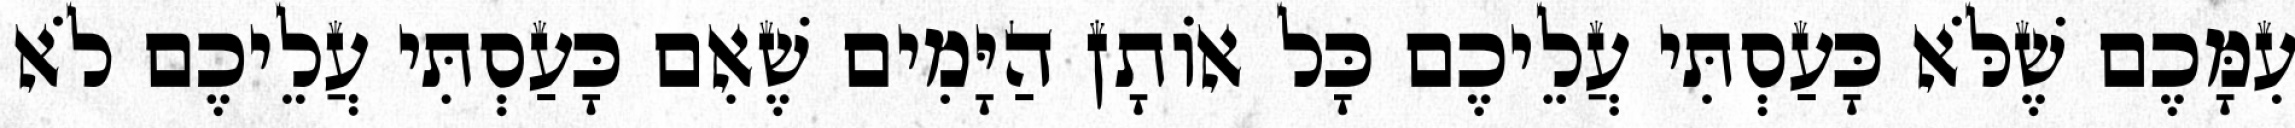
עִמָּכֶם שֶׁלֹּא כָּעַסְתִּי עֲלֵיכֶם כָּל אוֹתָן הַיָּמִים שֶׁאִם כָּעַסְתִּי עֲלֵיכֶם לֹא